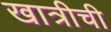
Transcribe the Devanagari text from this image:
खात्रीची